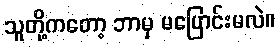
သူတို့ကတော့ ဘာမှ မပြောင်းမလဲ။